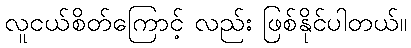
လူငယ်စိတ်ကြောင့် လည်း ဖြစ်နိုင်ပါတယ်။